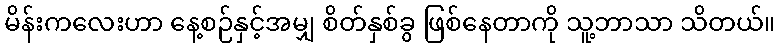
မိန်းကလေးဟာ နေ့စဉ်နှင့်အမျှ စိတ်နှစ်ခွ ဖြစ်နေတာကို သူ့ဘာသာ သိတယ်။